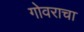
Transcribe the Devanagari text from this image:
गोवराचा